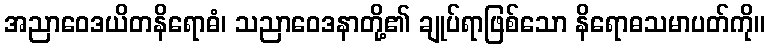
အညာဝေဒယိတနိရောဓံ၊ သညာဝေဒနာတို့၏ ချုပ်ရာဖြစ်သော နိရောဓသမာပတ်ကို။